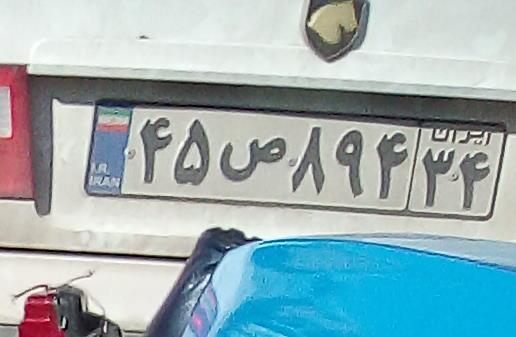
۴۵ص۸۹۴۳۴